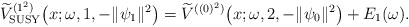
\begin{gather*} \widetilde{V}_{\rm SUSY}^{( 1^{2}) }\big(x;\omega ,1,- \Vert \psi _{1} \Vert ^{2}\big)=\widetilde{V}^{( (0) ^{2}) }\big(x;\omega ,2,- \Vert \psi _{0} \Vert ^{2}\big)+E_{1} ( \omega ) .\end{gather*}